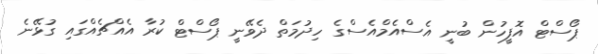
ޕޯސްޓް އޮފީހުން ބުނީ އެސްއެމްއެސްގެ ހިދުމަތް ދެވޭނީ ޕޯސްޓް ކުރާ އެއްޗެއްގައި ގުޅޭނެ